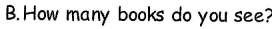
B.How many books do you see?